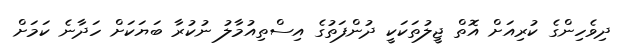
ދިވެހިންގެ ކުރިއަށް އޮތް ޖީލުތަކަކީ ދުންފަތުގެ އިސްތިއުމާލު ނުކުރާ ބަޔަކަށް ހަދާނެ ކަމަށް